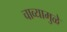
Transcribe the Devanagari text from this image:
चाव्यामुळे